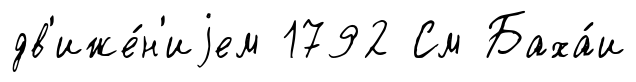
дв'иже́н'иjем 1792 См Баха́и